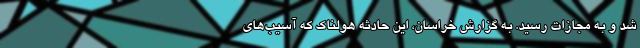
شد و به مجازات رسید. به گزارش خراسان، این حادثه هولناک که آسیب‌های